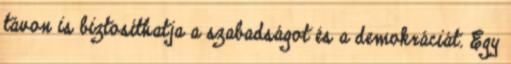
távon is biztosíthatja a szabadságot és a demokráciát. Egy